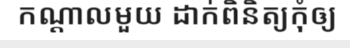
កណ្តាលមួយ ដាក់ពិនិត្យកុំឲ្យ